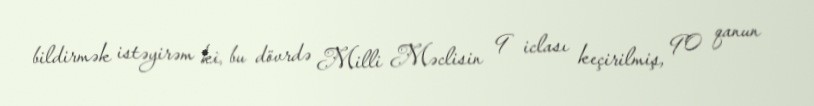
bildirmək istəyirəm ki, bu dövrdə Milli Məclisin 9 iclası keçirilmiş, 90 qanun